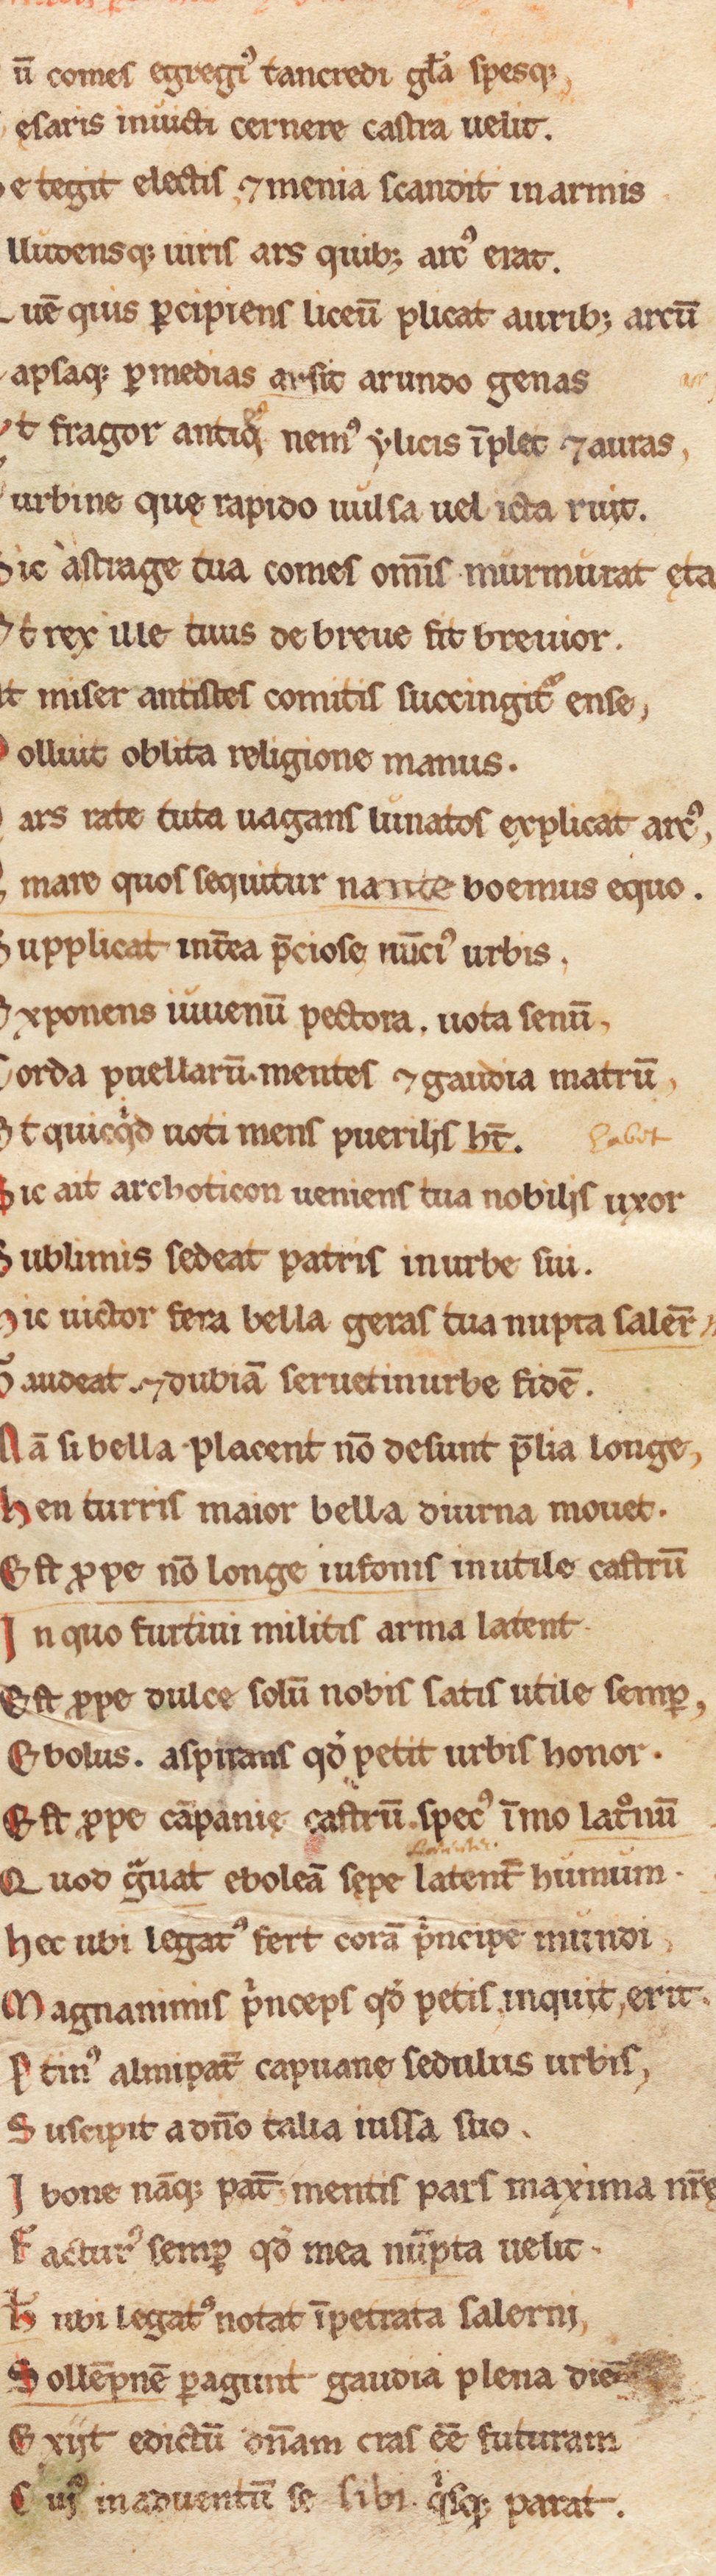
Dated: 1180–1199